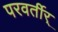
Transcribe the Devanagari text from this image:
परवर्तीर्